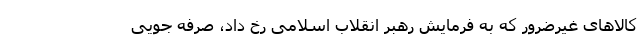
کالاهای غیرضرور که به فرمایش رهبر انقلاب اسلامی رخ داد، صرفه جویی